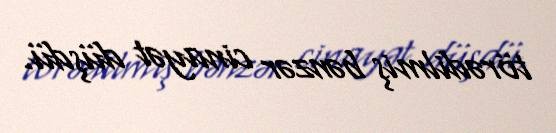
törədilmiş bənzər cinayət düşdü.